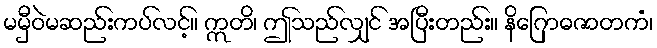
မမှီဝဲမဆည်းကပ်လင့်။ ဣတိ၊ ဤသည်လျှင် အပြီးတည်း။ နိဂြောဓဇာတကံ၊